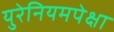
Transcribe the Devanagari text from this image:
युरेनियमपेक्षा